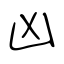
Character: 凶